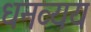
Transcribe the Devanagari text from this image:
धनव्यय